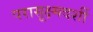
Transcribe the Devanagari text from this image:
परासूक्ष्मदर्शी